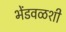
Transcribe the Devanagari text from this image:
भेंडवळशी